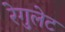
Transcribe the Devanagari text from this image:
रेगुलेट